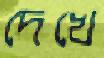
দেখে